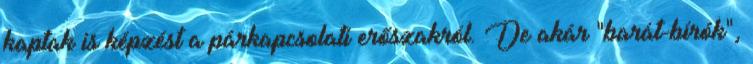
kaptak is képzést a párkapcsolati erőszakról. De akár "barát-bírók",